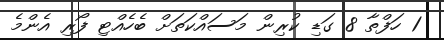
1 ހަފްތާ 8 ގަޑި ކުރިން މަސައްކަތަށް ބެހެއްޓި ފޯރި އެންމެ